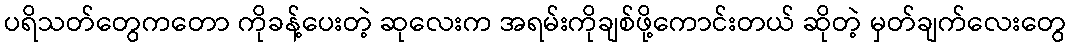
ပရိသတ်တွေကတော ကိုခန့်ပေးတဲ့ ဆုလေးက အရမ်းကိုချစ်ဖို့ကောင်းတယ် ဆိုတဲ့ မှတ်ချက်လေးတွေ